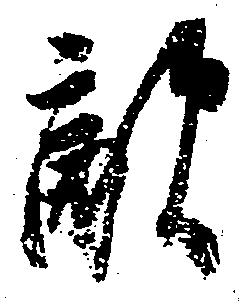
敵